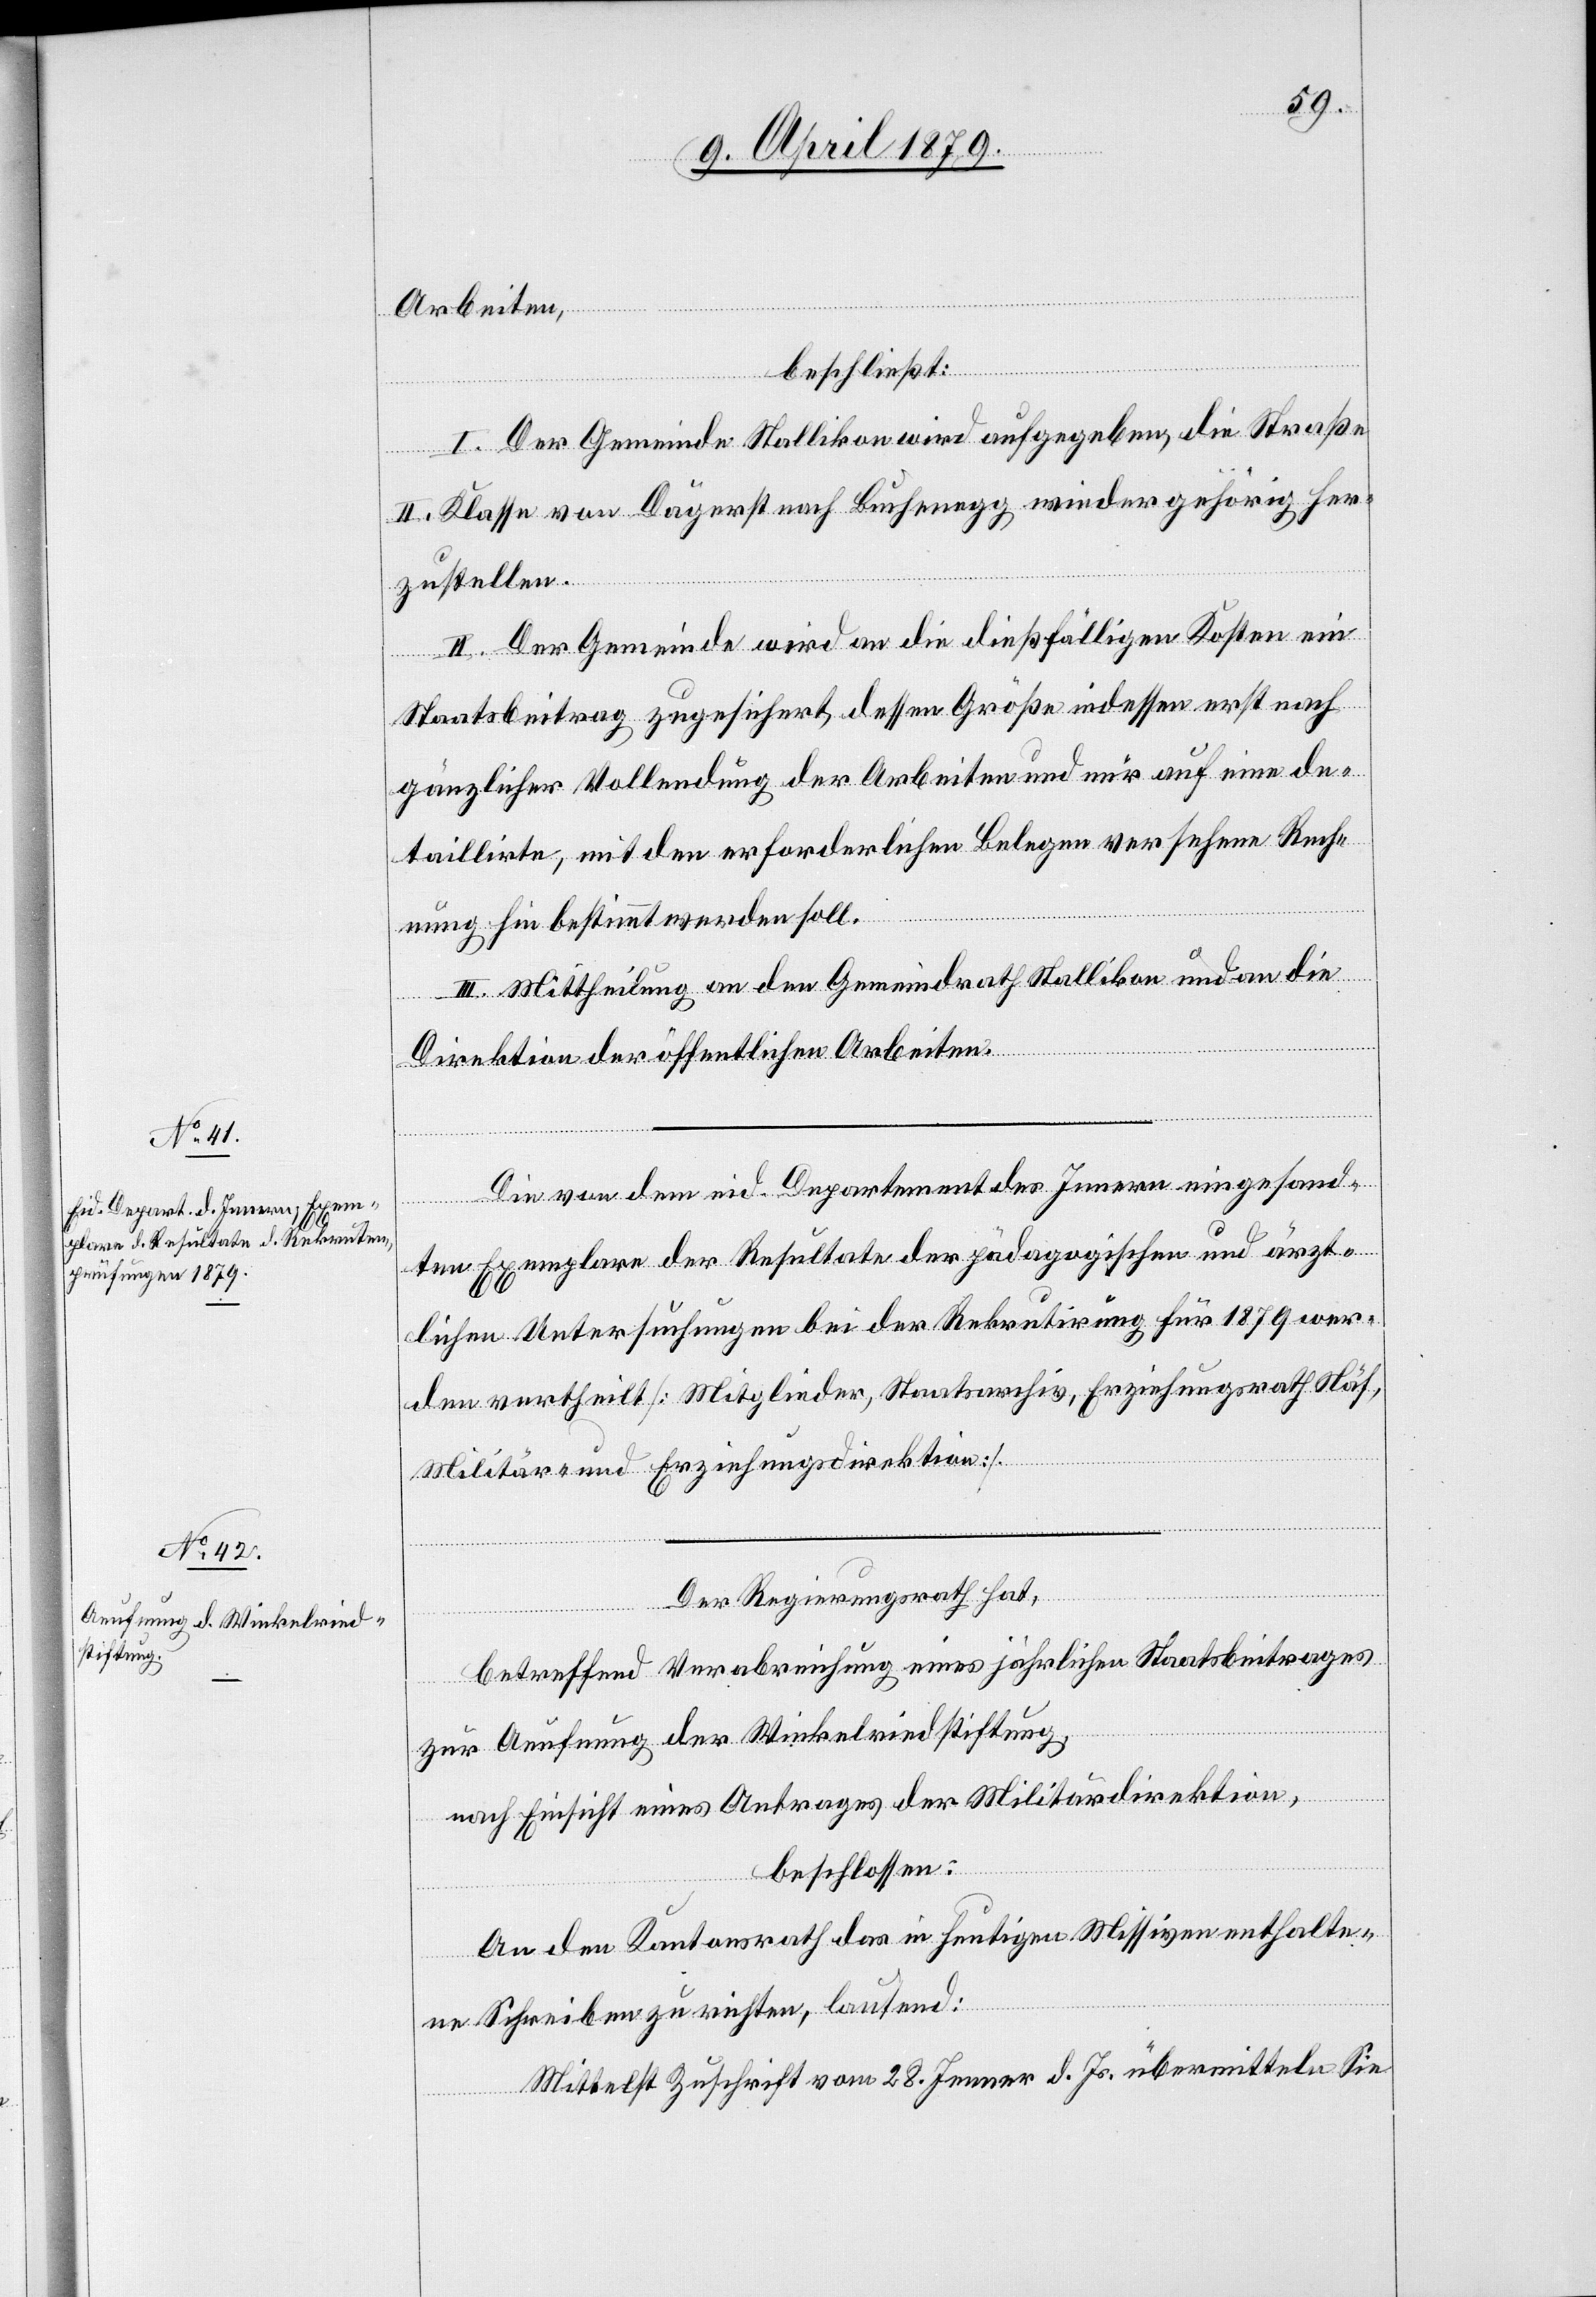
Die von dem eid. Departement des Innern eingesand¬
ten Exemplare der Resultate der pädagogischen und ärzt¬
lichen Untersuchungen bei der Rekrutirung für 1879 wer¬
den vertheilt [Mitglieder, Staatsarchiv, Erziehungsrath Näf,
Militär- und Erziehungsdirektion].
Der Regierungsrath hat,
betreffend Verabreichung eines jährlichen Staatsbeitrages
zur Aeufnung der Winkelriedstiftung,
nach Einsicht eines Antrages der Militärdirektion,
beschlossen:
An den Kantonsrath das in heutigen Missiven enthalte¬
ne Schreiben zu richten, lautend:
Mittelst Zuschrift vom 28. Jenner d. Js. übermitteln Sie